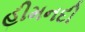
હીમનદી